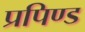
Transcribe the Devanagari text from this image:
प्रपिण्ड